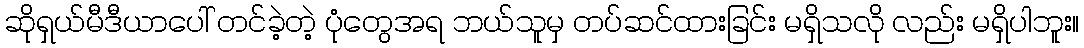
ဆိုရှယ်မီဒီယာပေါ် တင်ခဲ့တဲ့ ပုံတွေအရ ဘယ်သူမှ တပ်ဆင်ထားခြင်း မရှိသလို လည်း မရှိပါဘူး။